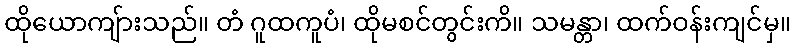
ထိုယောကျ်ားသည်။ တံ ဂူထကူပံ၊ ထိုမစင်တွင်းကိ။ သမန္တာ၊ ထက်ဝန်းကျင်မှ။